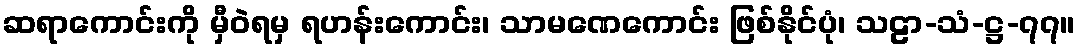
ဆရာကောင်းကို မှီဝဲရမှ ရဟန်းကောင်း၊ သာမဏေကောင်း ဖြစ်နိုင်ပုံ၊ သဠာ-သံ-ဋ္ဌ-၇၇။